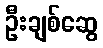
ဦးချစ်ဆွေ